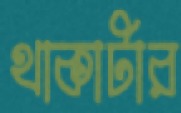
থাকাটার